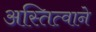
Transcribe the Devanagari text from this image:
अस्तित्‍वाने